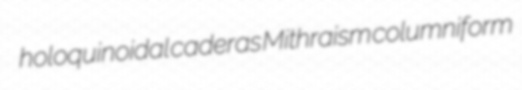
holoquinoidal caderas Mithraism columniform